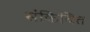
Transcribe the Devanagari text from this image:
संकिचित